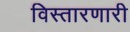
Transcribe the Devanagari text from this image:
विस्तारणारी